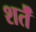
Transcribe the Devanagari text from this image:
शर्तेँ